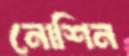
নোশিন